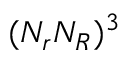
( N _ { r } N _ { R } ) ^ { 3 }